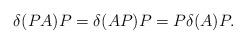
LaTeX: \begin{align*}\delta(PA)P=\delta(AP)P=P\delta(A)P. \end{align*}